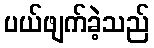
ပယ်ဖျက်ခဲ့သည်